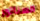
السناتور